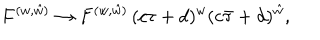
LaTeX: { F ^ { ( w , \hat { w } ) } \to F ^ { ( w , \hat { w } ) } \, ( c \tau + d ) ^ { w } ( c \bar { \tau } + d ) ^ { \hat { w } } , }